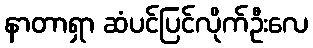
နာတာရှာ ဆံပင်ပြင်လိုက်ဦးလေ